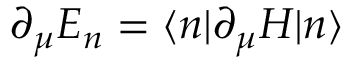
\partial _ { \mu } E _ { n } = \langle n | \partial _ { \mu } H | n \rangle